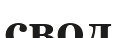
свод